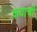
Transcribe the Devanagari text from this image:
कयाची